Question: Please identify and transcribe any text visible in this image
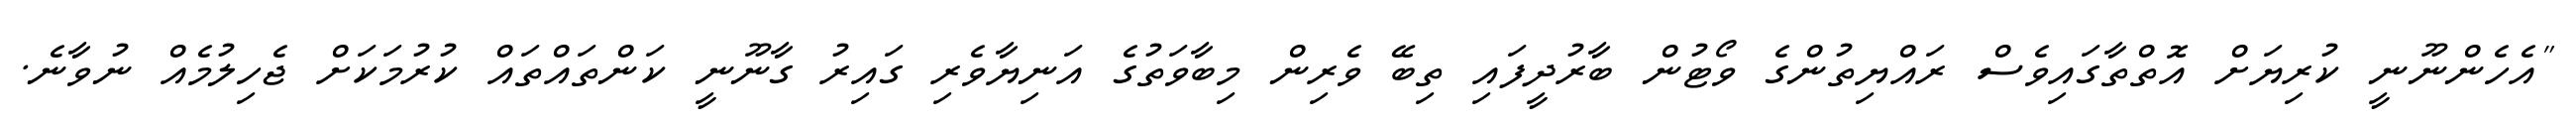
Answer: "އެހެންނޫނީ ކުރިޔަށް އޮތްތާގައިވެސް ރައްޔިތުންގެ ވޯޓުން ބާރުދީފައި ތިބޭ ވެރިން މިބާވަތުގެ އަނިޔާވެރި ގައިރު ގާނޫނީ ކަންތައްތައް ކުރުމަކަށް ޖެހިލުމެއް ނުވާނެ.